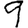
Digit: 9